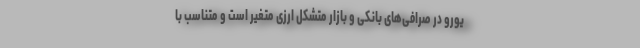
یورو در صرافی‌های بانکی و بازار متشکل ارزی متغیر است و متناسب با